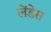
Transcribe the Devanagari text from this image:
लेंडेस